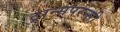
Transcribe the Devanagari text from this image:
ट्रान्सपरन्सी